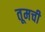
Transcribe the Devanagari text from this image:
तूमची